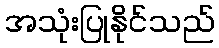
အသုံးပြုနိုင်သည်